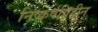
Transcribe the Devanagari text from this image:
निष्कर्षविहीन